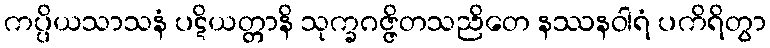
ကပ္ပိယသာသနံ ပဋိယတ္တာနိ သုက္ခဂဇ္ဇိတသညိတေ နဿနဝါရံ ပကိရိတွာ